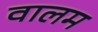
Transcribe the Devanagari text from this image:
वालम